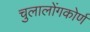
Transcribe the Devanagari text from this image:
चुलालोंगकोर्ण